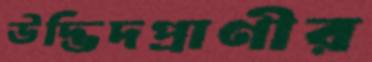
উদ্ভিদপ্রাণীর